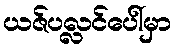
ယဇ်ပလ္လင်ပေါ်မှာ